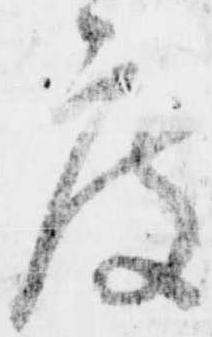
度